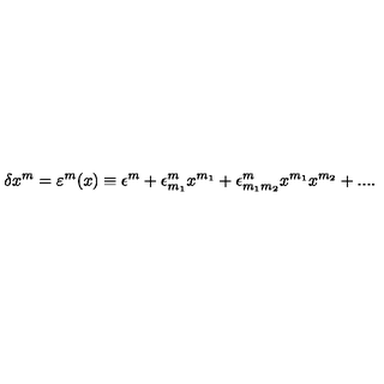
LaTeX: \delta x ^ { m } = \varepsilon ^ { m } ( x ) \equiv \epsilon ^ { m } + \epsilon _ { m _ { 1 } } ^ { m } x ^ { m _ { 1 } } + \epsilon _ { m _ { 1 } m _ { 2 } } ^ { m } x ^ { m _ { 1 } } x ^ { m _ { 2 } } + . . . .